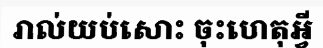
រាល់យប់សោះ ចុះហេតុអ្វី